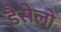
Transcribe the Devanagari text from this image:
डैसेलो